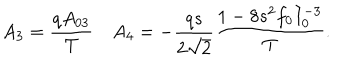
A _ { 3 } = { \frac { q A _ { 0 3 } } { T } } A _ { 4 } = - { \frac { q s } { 2 \sqrt 2 } } { \frac { 1 - 8 s ^ { 2 } f _ { 0 } I _ { 0 } ^ { - 3 } } { T } } .